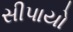
સીપાયો